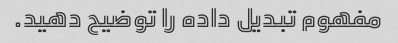
مفهوم تبدیل داده را توضیح دهید.